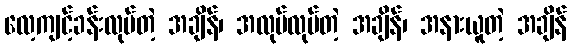
လေ့ကျင့်ခန်းလုပ်တဲ့ အချိန်၊ အလုပ်လုပ်တဲ့ အချိန်၊ အနားယူတဲ့ အချိန်